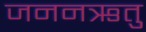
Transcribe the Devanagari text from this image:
जननऋतु